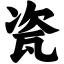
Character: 瓷